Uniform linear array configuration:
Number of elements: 16
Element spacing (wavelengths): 0.75
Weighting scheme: kaiser
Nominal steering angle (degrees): -45
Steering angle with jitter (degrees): -43.579
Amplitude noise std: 0.05
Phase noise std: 0.05

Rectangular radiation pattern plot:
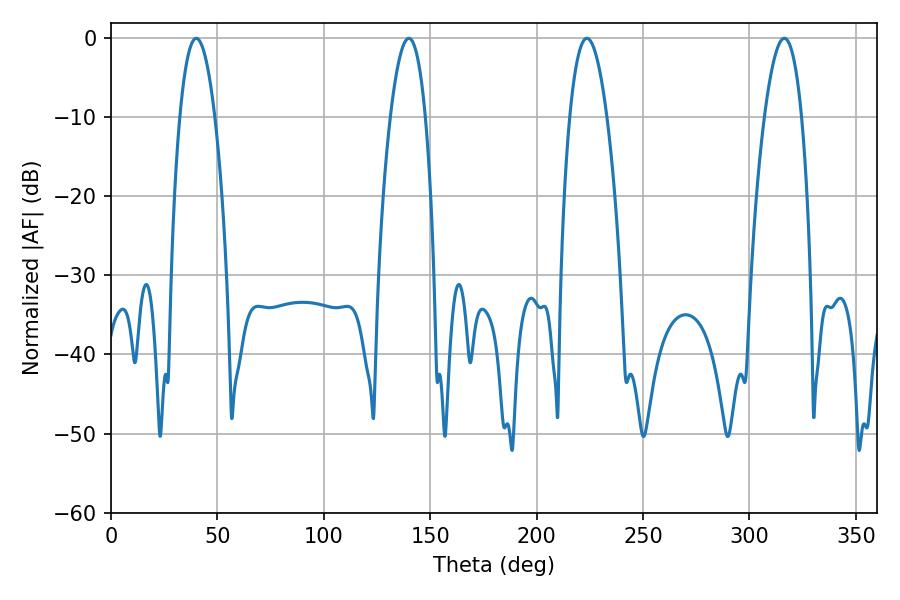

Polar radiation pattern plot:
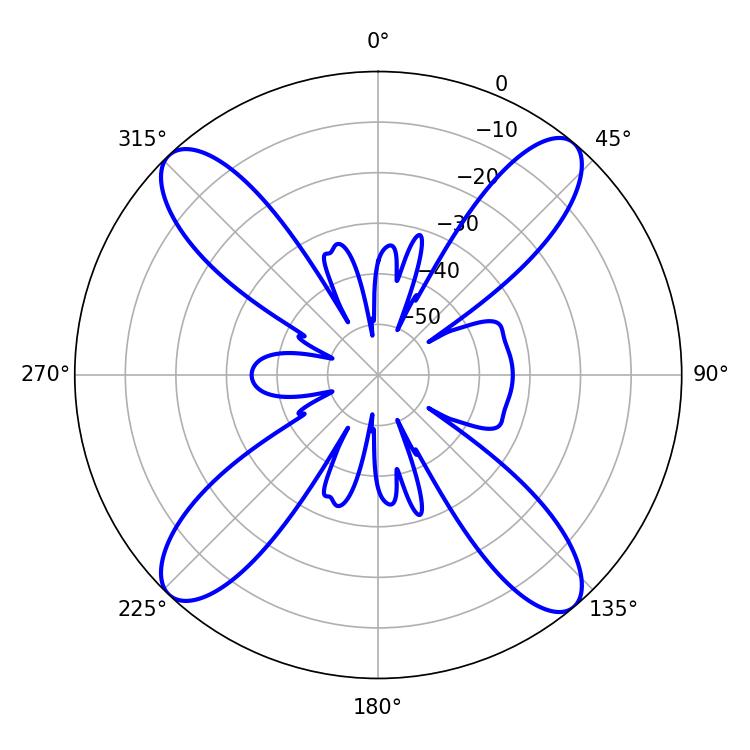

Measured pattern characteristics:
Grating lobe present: TRUE
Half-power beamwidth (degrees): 9.54
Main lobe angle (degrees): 223.56